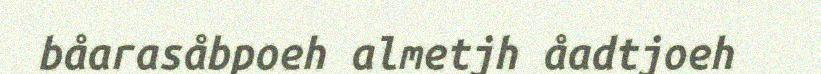
båarasåbpoeh almetjh åadtjoeh